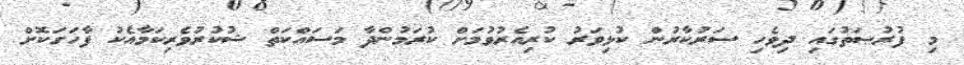
މި ފުރުޞަތުގައި ދިވެހި ސަރުކާރުން ކުޅިވަރު ކުރިއެރުވުމަށް ކުރަމުންދާ މަސައްކަތް ޝުކުރުވެރިކަމާއެކު ފާހަގަކޮށް